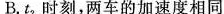
B. t_{2}时刻，两车的加速度相同